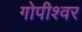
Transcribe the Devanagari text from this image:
गोपीश्वर